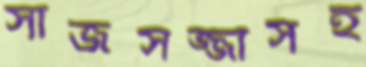
সাজসজ্জাসহ